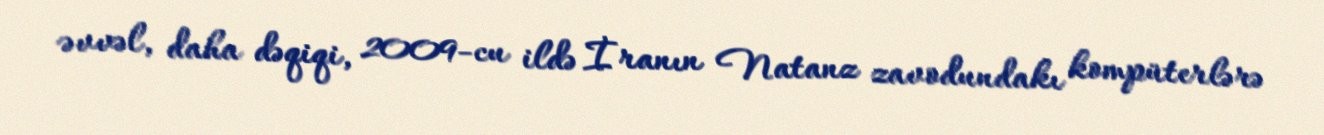
əvvəl, daha dəqiqi, 2009-cu ildə İranın Natanz zavodundakı kompüterlərə